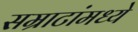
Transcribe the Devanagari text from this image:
सम्राटांमध्ये